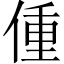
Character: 偅